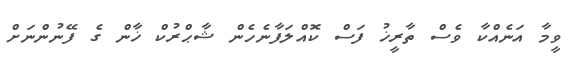
ވީމާ އަނެއްކާ ވެސް ތާރީޚު ފަސް ކޮއްލަފާނެހެން ޝާޙްރުކް ޚާން ގެ ފޭނުންނަށް